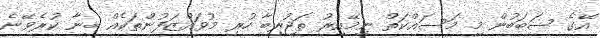
އޭގެ ސަބަބުން މި މަސައްކަތް ނިމޭއިރު ތަޖުރިބާ ހުރި މުވައްޒަފުންތަކެއް ބިނާ ކުރެވޭނެ